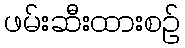
ဖမ်းဆီးထားစဉ်